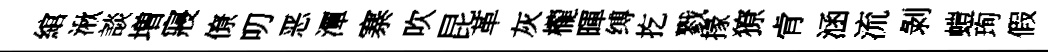
綰湫談増寢僚叨恶潭寨吹昆革灰櫳暉缚扢戮掾獠肻涵流剝螘珣假